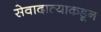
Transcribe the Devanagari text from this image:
सेवादात्याकडून